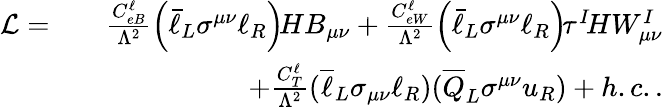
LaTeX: \begin{array}{rlr}{\mathcal{L}=}&{}&{\frac{C_{eB}^{\ell}}{\Lambda^{2}}\left(\bar{\ell}_{L}\sigma^{\mu\nu}\ell_{R}\right)\! HB_{\mu\nu}+\frac{C_{eW}^{\ell}}{\Lambda^{2}}\left(\bar{\ell}_{L}\sigma^{\mu\nu}\ell_{R}\right)\! \tau^{I}\! HW_{\mu\nu}^{I}}\\ &{}&{+\frac{C_{T}^{\ell}}{\Lambda^{2}}(\overline{{\ell}}_{L}\sigma_{\mu\nu}\ell_{R})(\overline{{Q}}_{L}\sigma^{\mu\nu}u_{R})+h.c..}\end{array}